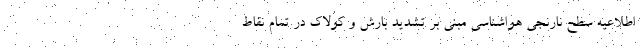
اطلاعیه سطح نارنجی هواشناسی مبنی بر تشدید بارش و کولاک در تمام نقاط